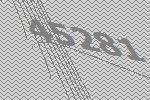
45281